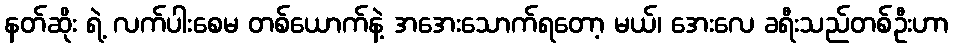
နတ်ဆိုး ရဲ့ လက်ပါးစေမ တစ်ယောက်နဲ့ အအေးသောက်ရတော့ မယ်၊ အေးလေ ခရီးသည်တစ်ဦးဟာ